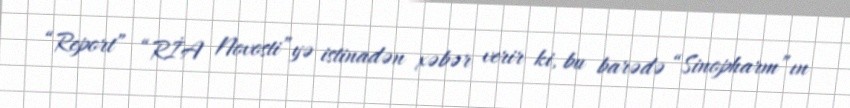
“Report” “RİA Novosti”yə istinadən xəbər verir ki, bu barədə “Sinopharm”ın